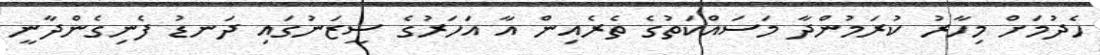
ހެދުމަށް މިހާރު ކުރަމުންދާ މަސައްކަތުގެ ތެރެއިން އާ އަހަރުގެ ސީޒަނުގައި ދަނޑު ފެނިގެންދާނީ